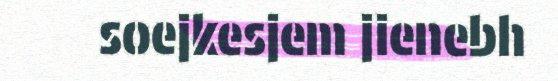
soejkesjem jienebh